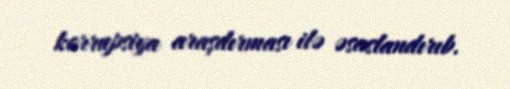
korrupsiya araşdırması ilə əsaslandırıb.